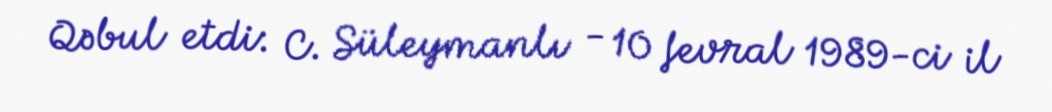
Qəbul etdi: C. Süleymanlı - 10 fevral 1989-ci il